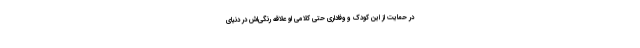
در حمایت از این کودک و وفاداری حتی کلامی او علاقه رنگی‌اش در دنیای